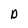
Character: D